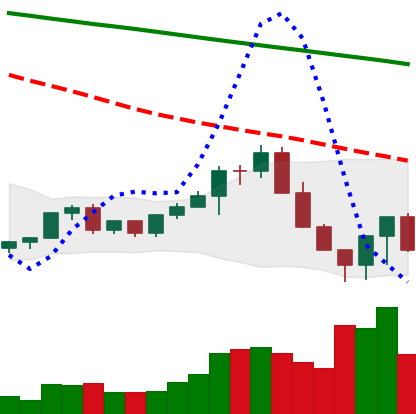
Ticker: LINK-USD
Chart end date: 2022-06-16
Forward return: 7.932%
Label: up_7plus